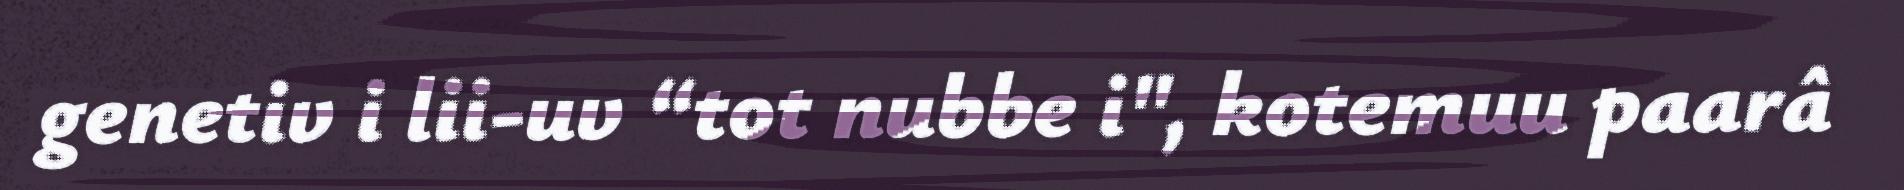
genetiv i lii-uv “tot nubbe i", kotemuu paarâ